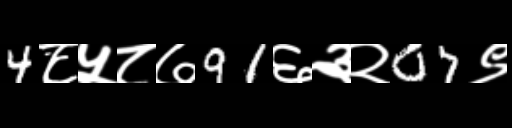
Text: 4८५८७91६३२07९